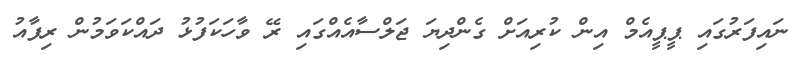
ނައިފަރުގައި ޕީޕީއެމް އިން ކުރިއަށް ގެންދިޔަ ޖަލްސާއެއްގައި ރޭ ވާހަކަފުޅު ދައްކަވަމުން ރިފާއު